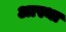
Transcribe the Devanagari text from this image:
अास्था